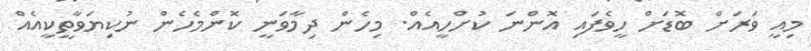
މިއީ ވަރަށް ބޮޑަށް ހީވެފައި އޮންނަ ކުށްހީއެއް. މިހެން ދިމާވަނީ ކޮންމެހެން ނުކިޔަވާތީކީއެއް